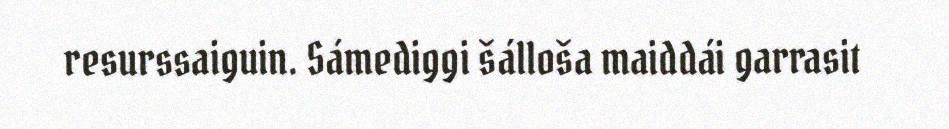
resurssaiguin. Sámediggi šálloša maiddái garrasit